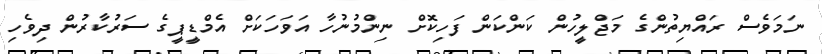
ނަމަވެސް ރައްޔިތުންގެ މަޖްލީހުން ކަންކަން ފަހިކޮށް ނިންމުނުހާ އަވަހަކަށް އެމްޑީޕީގެ ސަރުކާރުން ދިވެހި